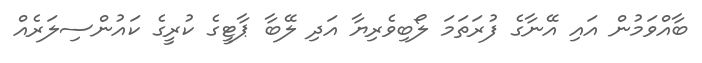
ބާއްވަމުން އައި އޭނާގެ ފުރަތަމަ ލޯބިވެރިޔާ އަދި ލޭބާ ޕާޓީގެ ކުރީގެ ކައުންސިލަރެއް